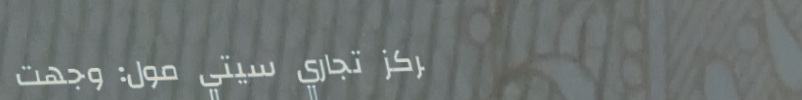
مركز تجاري سيتي مول: وجهت